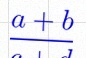
\frac{a+b}{c+d}